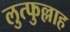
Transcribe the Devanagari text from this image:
लुत्फुल्लाह